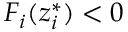
F _ { i } ( z _ { i } ^ { * } ) < 0